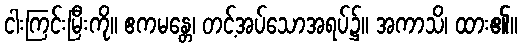
ငါးကြင်းမြီးကို။ ဧကမန္တေ၊ တင့်အပ်သောအရပ်၌။ အကာသိ၊ ထား၏။